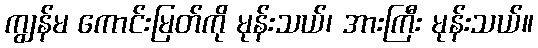
ကျွန်မ ကောင်းမြတ်ကို မုန်းသယ်၊ အားကြီး မုန်းသယ်။